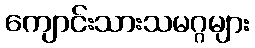
ကျောင်းသားသမဂ္ဂများ